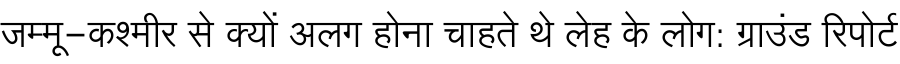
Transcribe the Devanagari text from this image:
जम्मू-कश्मीर से क्यों अलग होना चाहते थे लेह के लोग: ग्राउंड रिपोर्ट